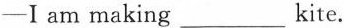
-I am making ___kite.